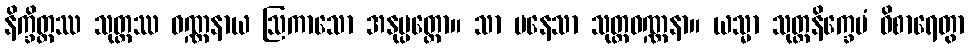
နိက္ခိတ္တဿ သုတ္တဿ ဝဏ္ဏနာယ ဩကာသော အနုပ္ပတ္တော။ သာ ပနေသာ သုတ္တဝဏ္ဏနာ။ ယသ္မာ သုတ္တနိက္ခေပံ ဝိစာရေတွာ